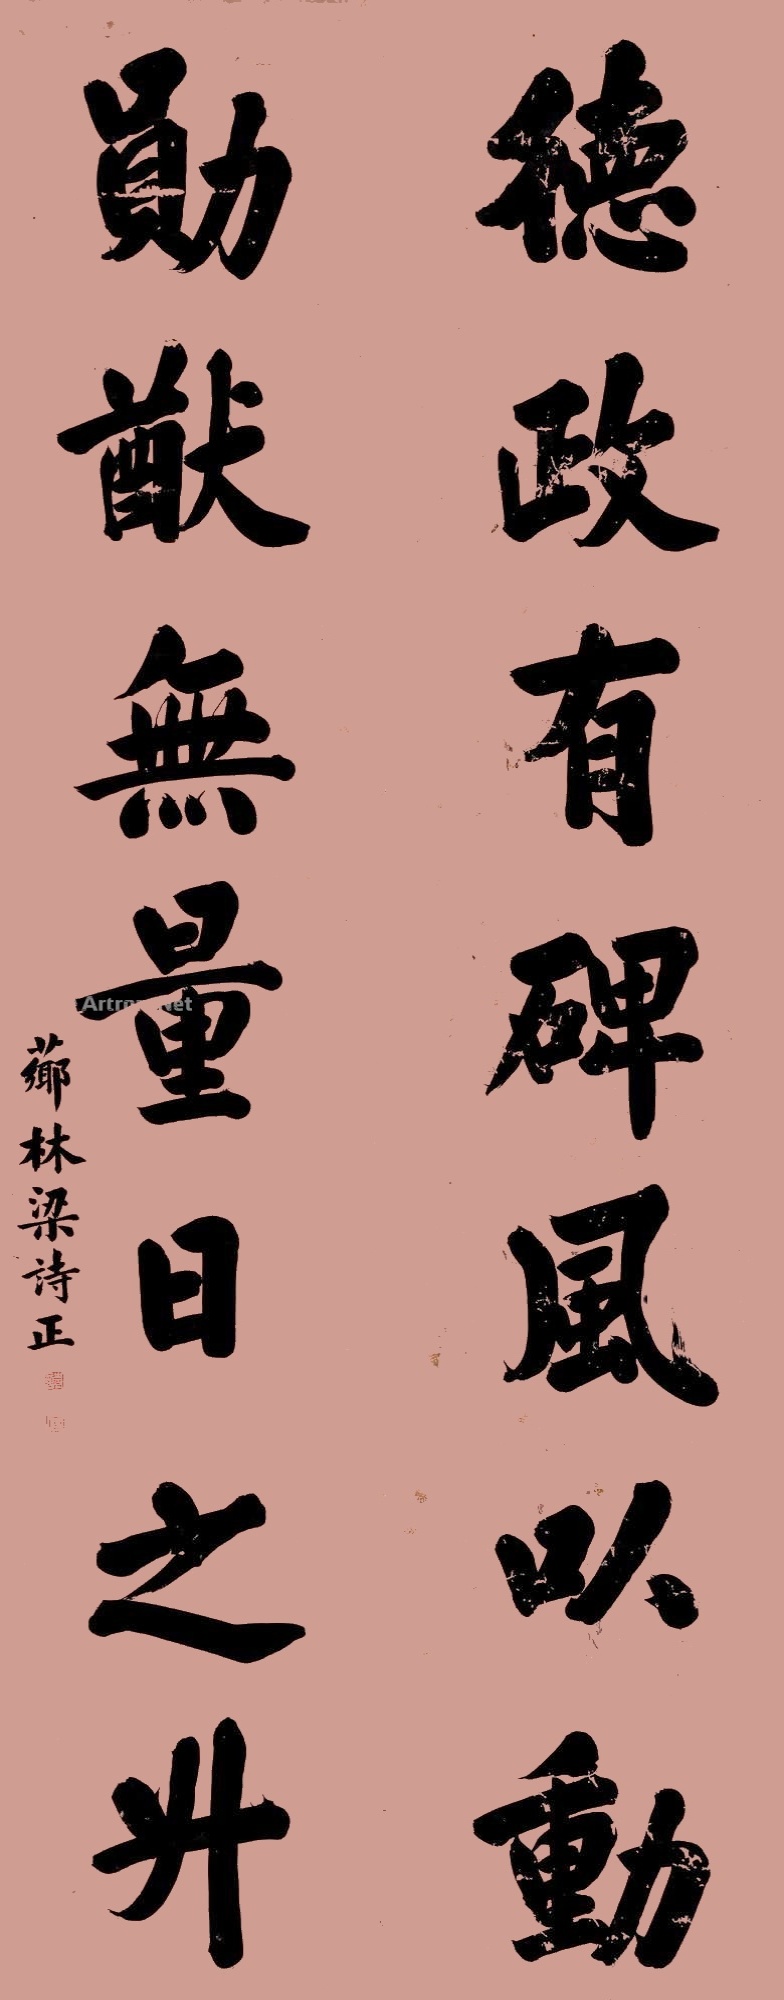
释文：德政有碑风以动，勋猷无量日之升。芗林梁诗正。